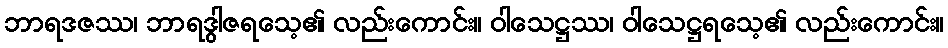
ဘာရဒဇဿ၊ ဘာရဒွါဇရသေ့၏ လည်းကောင်း။ ဝါသေဋ္ဌဿ၊ ဝါသေဋ္ဌရသေ့၏ လည်းကောင်း။